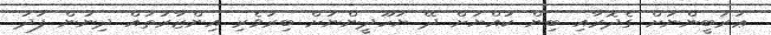
ޢަރަބީންނަށް ގެދޮރާއި ބިން ކުއްޔަށް ދޭ ޔަހޫދީންނަށް ބިރުވެރި އިންޒާރުތައް ދިނުން ފަދަ